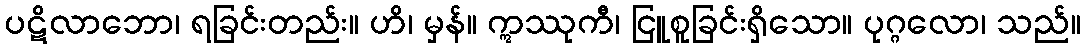
ပဋိလာဘော၊ ရခြင်းတည်း။ ဟိ၊ မှန်။ ဣဿုကီ၊ ငြူစူခြင်းရှိသော။ ပုဂ္ဂလော၊ သည်။